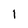
Character: I